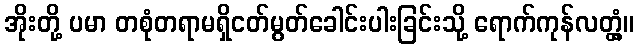
အိုးတို့ ပမာ တစုံတရာမရှိငတ်မွတ်ခေါင်းပါးခြင်းသို့ ရောက်ကုန်လတ္တံ့။